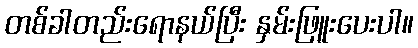
တစ်ခါတည်းရောနယ်ပြီး နှမ်းဖြူးပေးပါ။